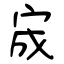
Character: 宬